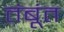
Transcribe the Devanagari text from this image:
तंबूंत